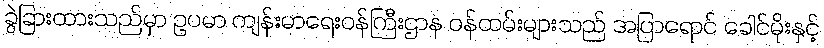
ခွဲခြားထားသည်မှာ ဥပမာ ကျန်းမာရေးဝန်ကြီးဌာန ဝန်ထမ်းများသည် အပြာရောင် ခေါင်မိုးနှင့်